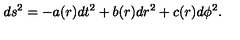
d s ^ { 2 } = - a ( r ) d t ^ { 2 } + b ( r ) d r ^ { 2 } + c ( r ) d \phi ^ { 2 } .